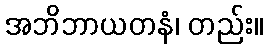
အဘိဘာယတနံ၊ တည်း။